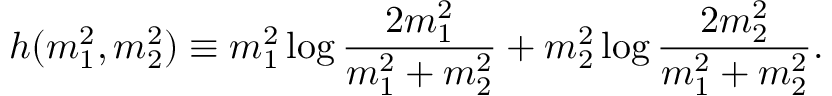
h ( { m } _ { 1 } ^ { 2 } , { m } _ { 2 } ^ { 2 } ) \equiv { m } _ { 1 } ^ { 2 } \log \frac { 2 { m } _ { 1 } ^ { 2 } } { { m } _ { 1 } ^ { 2 } + { m } _ { 2 } ^ { 2 } } + { m } _ { 2 } ^ { 2 } \log \frac { 2 { m } _ { 2 } ^ { 2 } } { { m } _ { 1 } ^ { 2 } + { m } _ { 2 } ^ { 2 } } .